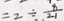
= 2 \div \frac { 8 } { 2 1 }